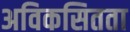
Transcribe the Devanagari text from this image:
अविकसितता